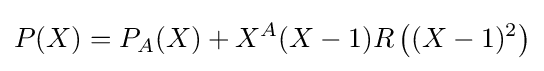
P(X)=P_{A}(X)+X^{A}(X-1)R\left((X-1)^{2}\right)